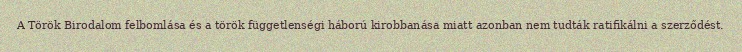
A Török Birodalom felbomlása és a török függetlenségi háború kirobbanása miatt azonban nem tudták ratifikálni a szerződést.